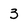
Character: 3